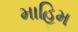
માહિમ